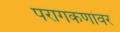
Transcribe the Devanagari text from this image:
परागकणांवर